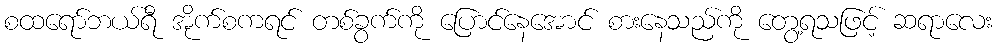
စထရော်ဘယ်ရီ အိုက်စကရင် တစ်ခွက်ကို ပြောင်နေအောင် စားနေသည်ကို တွေ့ရသဖြင့် ဆရာလေး